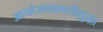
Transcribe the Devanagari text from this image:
आयोजनासाठीसुद्धा